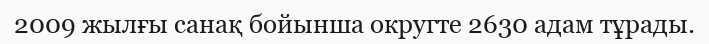
2009 жылғы санақ бойынша округте 2630 адам тұрады.